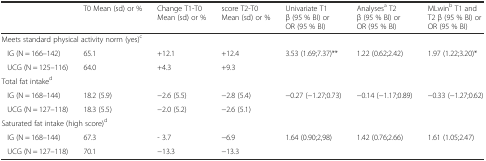
<table><thead><tr><td></td><td><b>T0 Mean (sd) or %</b></td><td><b>Change T1-T0 Mean (sd) or %</b></td><td><b>score T2-T0 Mean (sd) or %</b></td><td><b>Univariate T1 β (95 % BI) or OR (95 % BI)</b></td><td><b>Analyses<sup>a</sup> T2 β (95 % BI) or OR (95 % BI)</b></td><td><b>MLwin<sup>b</sup> T1 and T2 β (95 % BI) or OR (95 % BI)</b></td></tr></thead><tbody><tr><td colspan="4">Meets standard physical activity norm (yes)<sup>c</sup></td><td></td><td></td><td></td></tr><tr><td>IG (N = 166–142)</td><td>65.1</td><td>+12.1</td><td>+12.4</td><td>3.53 (1.69;7.37)**</td><td>1.22 (0.62;2.42)</td><td>1.97 (1.22;3.20)*</td></tr><tr><td>UCG (N = 125–116)</td><td>64.0</td><td>+4.3</td><td>+9.3</td><td></td><td></td><td></td></tr><tr><td colspan="2">Total fat intake<sup>d</sup></td><td></td><td></td><td></td><td></td><td></td></tr><tr><td>IG (N = 168–144)</td><td>18.2 (5.9)</td><td>−2.6 (5.5)</td><td>−2.8 (5.4)</td><td>−0.27 (−1.27;0.73)</td><td>−0.14 (−1.17;0.89)</td><td>−0.33 (−1.27;0.62)</td></tr><tr><td>UCG (N = 127–118)</td><td>18.3 (5.5)</td><td>−2.0 (5.2)</td><td>−2.6 (5.1)</td><td></td><td></td><td></td></tr><tr><td colspan="3">Saturated fat intake (high score)<sup>d</sup></td><td></td><td></td><td></td><td></td></tr><tr><td>IG (N = 168–144)</td><td>67.3</td><td>- 3.7</td><td>−6.9</td><td>1.64 (0.90;2,98)</td><td>1.42 (0.76;2.66)</td><td>1.61 (1.05;2.47)</td></tr><tr><td>UCG (N = 127–118)</td><td>70.1</td><td>−13.3</td><td>−13.3</td><td></td><td></td><td></td></tr></tbody></table>